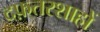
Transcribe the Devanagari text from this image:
दफ़्तरशाहों